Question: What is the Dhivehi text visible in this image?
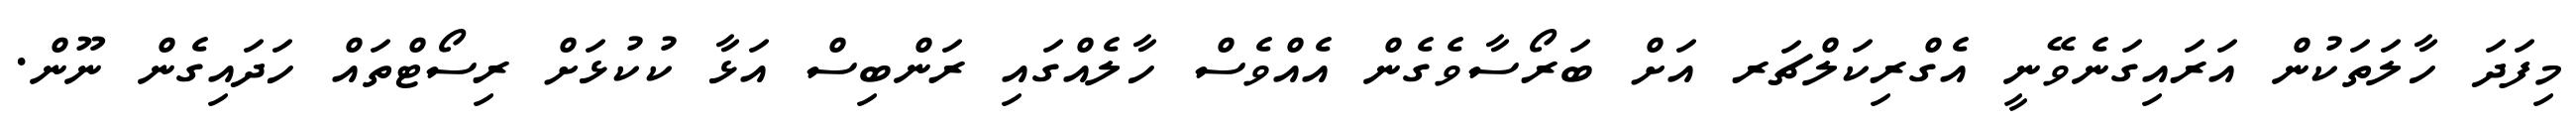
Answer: މިފަދަ ހާލަތަކުން އަރައިގަނެވޭނީ އެގްރިކަލްޗަރ އަށް ބަރޯސާވެގެން އެއްވެސް ހާލެއްގައި ރަންބިސް އަޅާ ކުކުޅަށް ރިސޯޓްތައް ހަދައިގެން ނޫން.